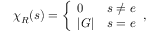
\chi _ { R } ( s ) = { \left\{ \begin{array} { l l } { 0 } & { s \neq e } \\ { | G | } & { s = e } \end{array} \right. } ,